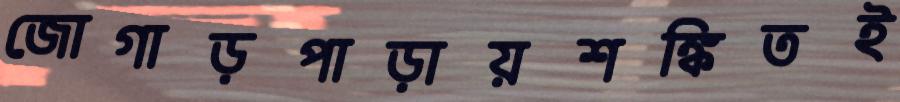
জোগাড়পাড়ায়শঙ্কিতই